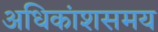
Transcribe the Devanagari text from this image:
अधिकांशसमय